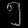
Digit: ၅